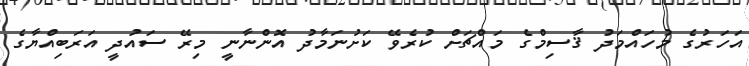
އަހަރުގެ މުހައްމަދު ޤާސިމްގެ މައްޗަށް ކުރެވޭ ކަށުނަމާދު އޮންނާނީ މިރޭ ސައުދީ އަރަބިއްޔާގެ